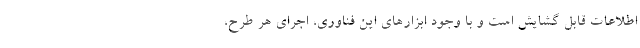
اطلاعات قابل گشایش است و با وجود ابزارهای این فناوری، اجرای هر طرح،